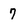
Character: 7